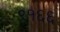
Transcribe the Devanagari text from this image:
९१६६